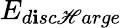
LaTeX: E_{d\mathbf{i}sc\mathscr{H}arge}